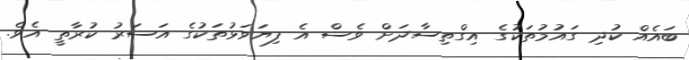
ބައެއް ކުދި ގައުމުތަކުގެ އިގްތިސާދަށް ވެސް އެ ފިޔަވަޅުތަކުގެ އަސަރު ކުރާތީ އެވެ.